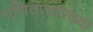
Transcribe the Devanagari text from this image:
गणितासारख्या